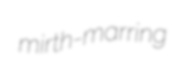
mirth-marring